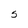
Character: S